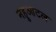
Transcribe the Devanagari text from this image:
नहुआटल